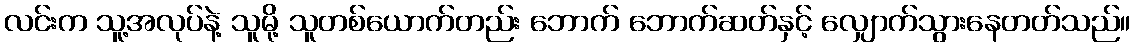
လင်းက သူ့အလုပ်နဲ့ သူမို့ သူတစ်ယောက်တည်း ဘောက် ဘောက်ဆတ်နှင့် လျှောက်သွားနေတတ်သည်။